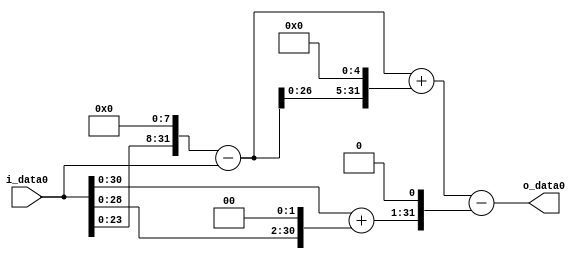
module multiplier_block (
    i_data0,
    o_data0
);

  // Port mode declarations:
  input   [31:0] i_data0;
  output  [31:0]
    o_data0;

  //Multipliers:

  wire [31:0]
    w1,
    w256,
    w255,
    w4,
    w5,
    w8160,
    w8415,
    w10,
    w8405;

  assign w1 = i_data0;
  assign w10 = w5 << 1;
  assign w255 = w256 - w1;
  assign w256 = w1 << 8;
  assign w4 = w1 << 2;
  assign w5 = w1 + w4;
  assign w8160 = w255 << 5;
  assign w8405 = w8415 - w10;
  assign w8415 = w255 + w8160;

  assign o_data0 = w8405;

  //multiplier_block area estimate = 7577.53919243235;
endmodule